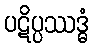
ပဋိပ္ပဿဒ္ဓံ